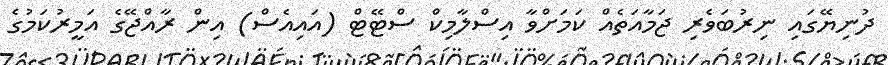
ދުނިޔޭގައި ނިރުބަވެރި ޖަމާއަތެއް ކަމަށްވާ އިސްލާމިކް ސްޓޭޓް (އައިއެސް) އިން ރާއްޖޭގެ އަމީރުކަމުގެ